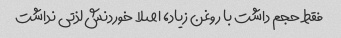
فقط حجم داشت با روغن زیاد، اصلا خوردنش لذتی نداشت